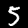
Digit: 5